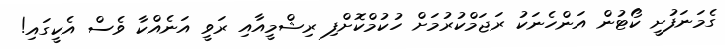
ގެމަނަފުށީ ކޯޓުން އަންހެނަކު ރަޖަމްކުރުމަށް ހުކުމްކޮށްފި ރިޝްމީއާއި ރަވީ އަނެއްކާ ވެސް އެކީގައި!